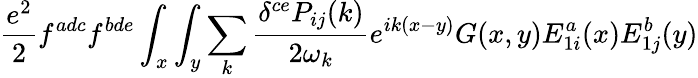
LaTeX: {\frac{e^{2}}{2}}f^{adc}f^{bde}\int_{x}\int_{y}\sum_{k}{\frac{\delta^{ce}P_{ij}(k)}{2\omega_{k}}}e^{ik(x-y)}G(x,y)E_{1i}^{a}(x)E_{1j}^{b}(y)